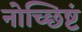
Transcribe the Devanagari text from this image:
नोच्छिष्टं